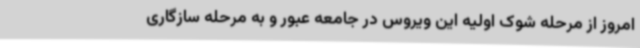
امروز از مرحله شوک اولیه این ویروس در جامعه عبور و به مرحله سازگاری